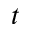
t